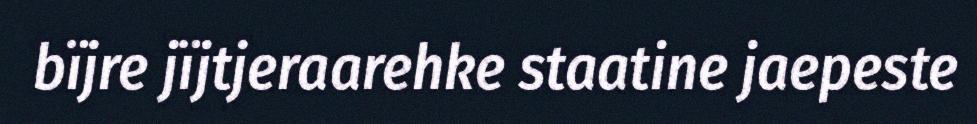
bïjre jïjtjeraarehke staatine jaepeste